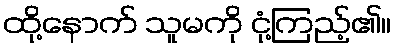
ထို့နောက် သူမကို ငုံ့ကြည့်၏။